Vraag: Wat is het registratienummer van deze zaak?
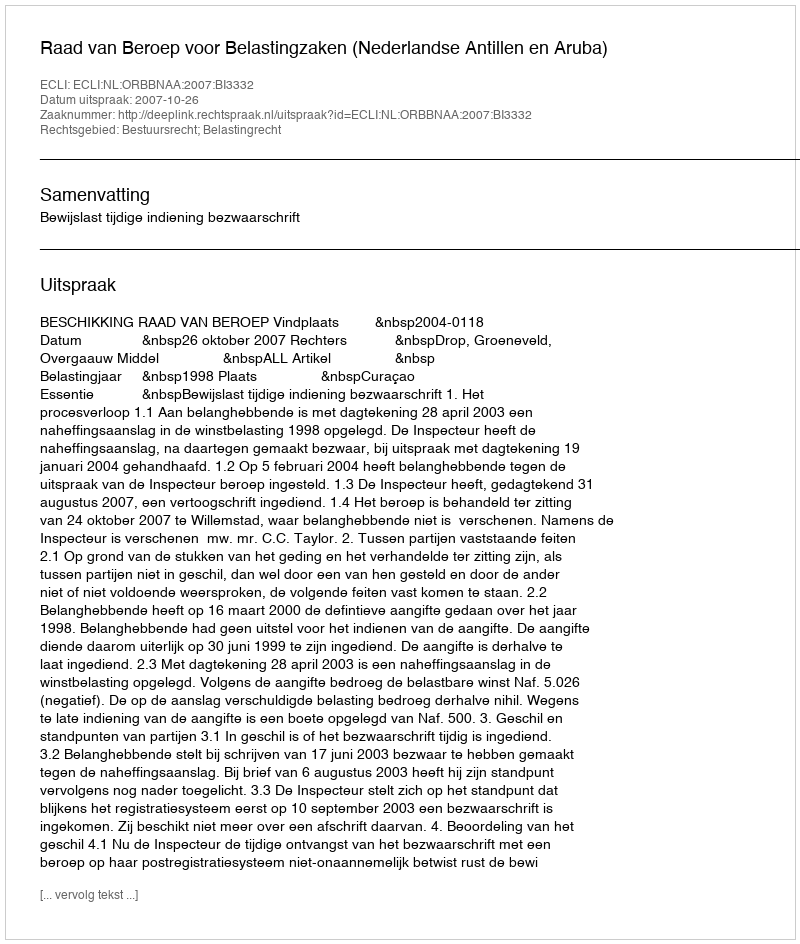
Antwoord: http://deeplink.rechtspraak.nl/uitspraak?id=ECLI:NL:ORBBNAA:2007:BI3332